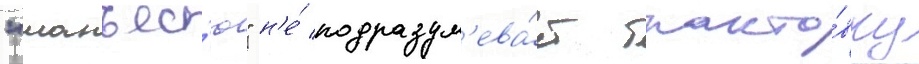
"манъес'ю" н'е́ подразум'ева́ет тракто́вку